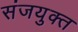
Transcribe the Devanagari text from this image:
संजयुक्त